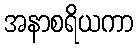
အနာစရိယကာ